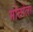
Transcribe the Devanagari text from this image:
मोत्तोला